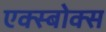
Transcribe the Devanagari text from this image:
एक्स्बोक्स